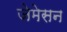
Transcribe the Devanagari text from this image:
जेमेसन